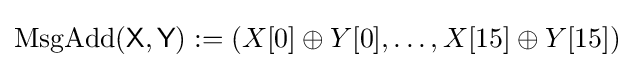
{\textrm {MsgAdd}}({\textsf {X}},{\textsf {Y}}):=(X[0]\oplus Y[0],\ldots ,X[15]\oplus Y[15])